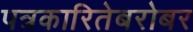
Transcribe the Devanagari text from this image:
पत्रकारितेबरोबर